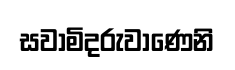
සවාමිදරුවාණෙනි